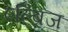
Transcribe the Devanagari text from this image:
एल्ब्रिज